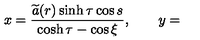
x = \frac { \widetilde { a } ( r ) \sinh \tau \cos s } { \cosh \tau - \cos \xi } , \qquad y =